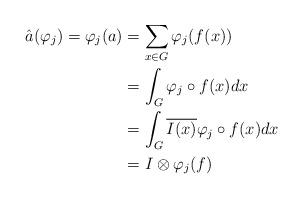
LaTeX: \begin{align*}\hat{a} ( \varphi_j) = \varphi_j (a) &= \sum_{x \in G} \varphi_j ( f (x))\\&= \int_G \varphi_j \circ f(x) dx\\&= \int_G \overline{I(x)} \varphi_j \circ f (x) dx \\&= I \otimes \varphi_j(f)\end{align*}